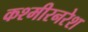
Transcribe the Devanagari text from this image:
कश्मीरनरेश